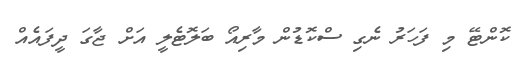
ކޮންޓޭ މި ފަހަރު ނެގި ސްކޮޑުން މާރިއޯ ބަލޮޓެލީ އަށް ޖާގަ ދީފައެއް